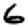
Digit: 6